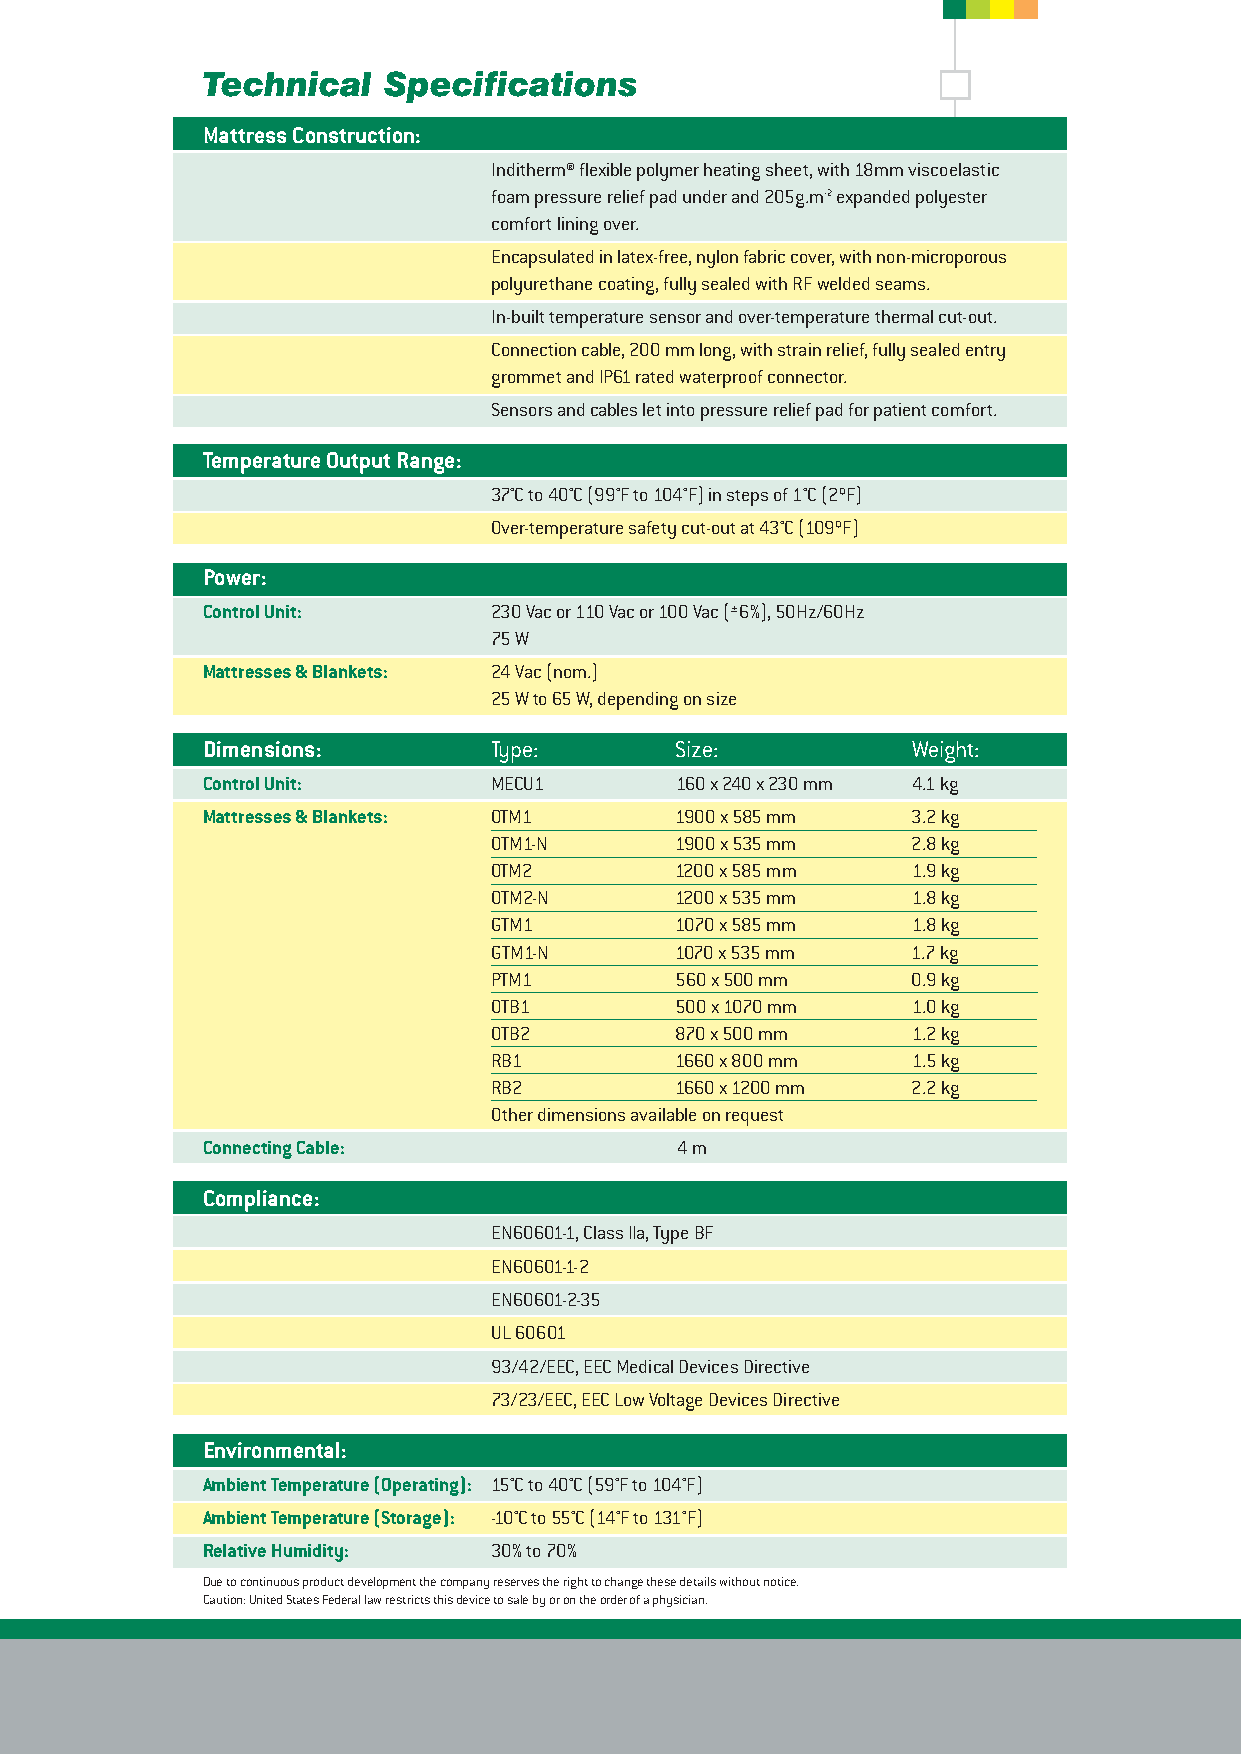
Technical   Specifications
 Mattress Construction:
 Inditherm® flexible polymer heating sheet, with 18mm viscoelastic
 foam pressure relief pad under and 205g.m-2expanded polyester
 comfort lining over.
 Encapsulated in latex-free, nylon fabric cover, with non-microporous
 polyurethane coating, fully sealed with RF welded seams.
 In-built temperature sensor and over-temperature thermal cut-out.
 Connection cable, 200 mm long, with strain relief, fully sealed entry
 grommet and IP61 rated waterproof connector.
 Sensors and cables let into pressure relief pad for patient comfort.
 Temperature Output Range:
 37°C to 40°C (99°F to 104°F) in steps of 1°C (2ºF)
 Over-temperature safety cut-out at 43°C (109ºF)
 Power:
 Control Unit:       230 Vac or 110 Vac or 100 Vac (±6%), 50Hz/60Hz
 75 W
 Mattresses & Blankets: 24 Vac (nom.)
 25 W to 65 W, depending on size
 Dimensions:        Type:        Size:          Weight:
 Control Unit:      MECU1        160 x 240 x 230 mm 4.1 kg
 Mattresses & Blankets: OTM1     1900 x 585 mm  3.2 kg
 OTM1-N      1900 x 535 mm  2.8 kg
 OTM2        1200 x 585 mm  1.9 kg
 OTM2-N      1200 x 535 mm  1.8 kg
 GTM1        1070 x 585 mm  1.8 kg
 GTM1-N      1070 x 535 mm  1.7 kg
 PTM1        560 x 500 mm   0.9 kg
 OTB1        500 x 1070 mm  1.0 kg
 OTB2        870 x 500 mm   1.2 kg
 RB1         1660 x 800 mm  1.5 kg
 RB2         1660 x 1200 mm 2.2 kg
 Other dimensions available on request
 Connecting Cable:               4 m
 Compliance:
 EN60601-1, Class IIa, Type BF
 EN60601-1-2
 EN60601-2-35
 UL 60601
 93/42/EEC, EEC Medical Devices Directive
 73/23/EEC, EEC Low Voltage Devices Directive
 Environmental:
 Ambient Temperature (Operating): 15°C to 40°C (59°F to 104°F)
 Ambient Temperature (Storage): -10°C to 55°C (14°F to 131°F)
 Relative Humidity:  30% to 70%
 Due to continuous product development the company reserves the right to change these details without notice.
 Caution: United States Federal law restricts this device to sale by or on the order of a physician.